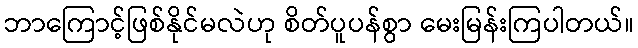
ဘာကြောင့်ဖြစ်နိုင်မလဲဟု စိတ်ပူပန်စွာ မေးမြန်းကြပါတယ်။